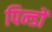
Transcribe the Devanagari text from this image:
पिन्डों